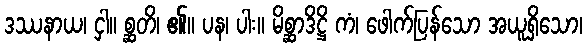
ဒဿနာယ၊ ငှါ။ စ္ဆတိ၊ ၏။ ပန၊ ပါး။ မိစ္ဆာဒိဋ္ဌိ ကံ၊ ဖေါက်ပြန်သော အယူရှိသော၊